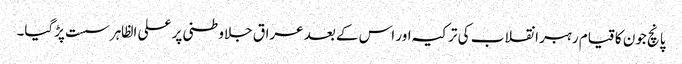
پانچ جون کا قیام رہبر انقلاب کی ترکیہ اور اس کے بعد عراق جلاوطنی پر علی الظاہر سست پڑگیا۔